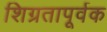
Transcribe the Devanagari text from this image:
शिग्रतापूर्वक